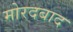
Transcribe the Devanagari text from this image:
मोरदबाद